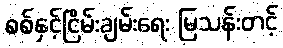
စစ်နှင့်ငြိမ်းချမ်းရေး မြသန်းတင့်